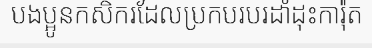
បងប្អូនកសិករដែលប្រកបរបរដាំដុះការ៉ុត